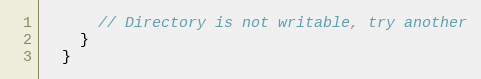
Language: JavaScript
      // Directory is not writable, try another
    }
  }